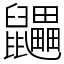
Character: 鼺